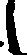
し